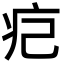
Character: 㽶